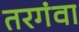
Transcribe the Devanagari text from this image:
तरगंवा